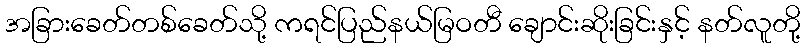
အခြားခေတ်တစ်ခေတ်သို့ ကရင်ပြည်နယ်မြဝတီ ချောင်းဆိုးခြင်းနှင့် နတ်လူတို့